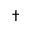
\dagger